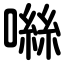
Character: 噝